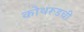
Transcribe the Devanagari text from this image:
कोथरूडची